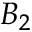
B _ { 2 }